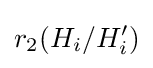
r_{2}(H_{i}/H_{i}^{\prime })